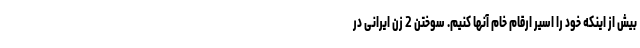
بیش از اینکه خود را اسیر ارقام خام آنها کنیم. سوختن 2 زن ایرانی در